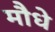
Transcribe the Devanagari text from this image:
मौधे